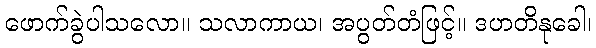
ဖောက်ခွဲပါသလော။ သလာကာယ၊ အပွတ်တံဖြင့်။ ဒဟတိနုခေါ၊